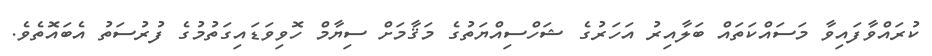
ކުރައްވާފައިވާ މަސައްކަތައް ބަލާއިރު އަހަރުގެ ޝަހްސިއްޔަތުގެ މަޤާމަށް ސިޔާމް ހޮވިވަޑައިގަތުމުގެ ފުރުސަތު އެބައޮތެވެ.